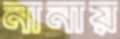
নানায়